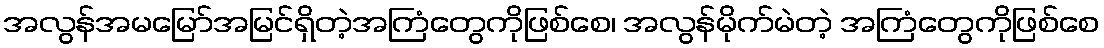
အလွန်အမမြော်အမြင်ရှိတဲ့အကြံတွေကိုဖြစ်စေ၊ အလွန်မိုက်မဲတဲ့ အကြံတွေကိုဖြစ်စေ